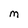
Character: m